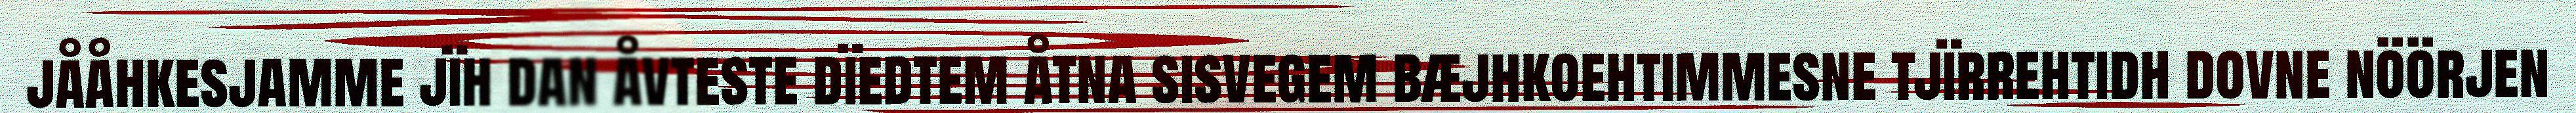
jååhkesjamme jïh dan åvteste dïedtem åtna sisvegem bæjhkoehtimmesne tjïrrehtidh dovne nöörjen